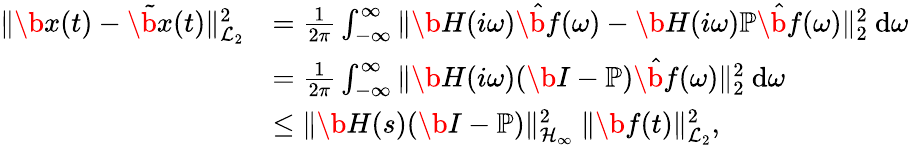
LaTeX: \begin{array}{rl}{\| \b{x}(t)-\tilde{\b{x}}(t)\| _{\mathcal{L}_{2}}^{2}}&{=\frac{1}{2\pi}\int_{-\infty}^{\infty}\| \b{H}(i\omega)\hat{\b{f}}(\omega)-\b{H}(i\omega)\mathbb{P}\hat{\b{f}}(\omega)\| _{2}^{2}~\mathrm{d}\omega}\\ &{=\frac{1}{2\pi}\int_{-\infty}^{\infty}\| \b{H}(i\omega)(\b{I}-\mathbb{P})\hat{\b{f}}(\omega)\| _{2}^{2}~\mathrm{d}\omega}\\ &{\le\| \b{H}(s)(\b{I}-\mathbb{P})\| _{\mathcal{H}_{\infty}}^{2}~\| \b{f}(t)\| _{\mathcal{L}_{2}}^{2},}\end{array}